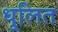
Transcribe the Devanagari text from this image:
धूलित